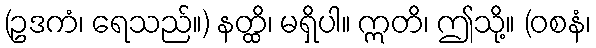
(ဥဒကံ၊ ရေသည်။) နတ္ထိ၊ မရှိပါ။ ဣတိ၊ ဤသို့။ (ဝစနံ၊